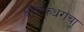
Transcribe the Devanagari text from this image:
श्रीचक्रधरांचा